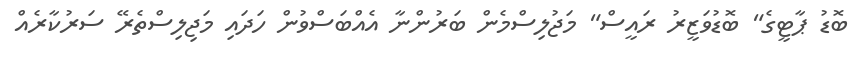
ބޮޑު ޕާޓީގެ" ބޮޑުވަޒީރު ރައީސް" މަޖުލިސްމެން ބަރުންނާ އެއްބަސްވުން ހަދައި މަޖިލިސްތެރޭ ސަރުކާރެއް